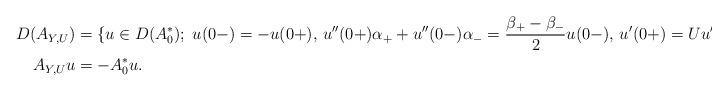
LaTeX: \begin{align*} D(A_{Y,U}) & = \{u\in D(A_0^*);\; u(0-) = - u(0+),\, u''(0+)\alpha_+ + u''(0-)\alpha_- = \frac{\beta_+ - \beta_-}{2} u(0-),\, u'(0+) = U u'(0-)\},\\ A_{Y,U} u & = -A_0^*u. \end{align*}